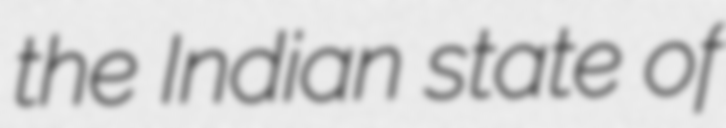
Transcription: the Indian state of